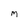
Character: M